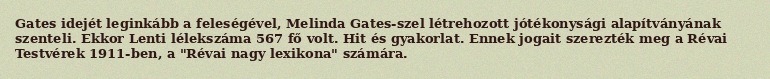
Gates idejét leginkább a feleségével, Melinda Gates-szel létrehozott jótékonysági alapítványának szenteli. Ekkor Lenti lélekszáma 567 fő volt. Hit és gyakorlat. Ennek jogait szerezték meg a Révai Testvérek 1911-ben, a "Révai nagy lexikona" számára.